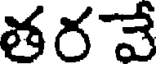
తరవే